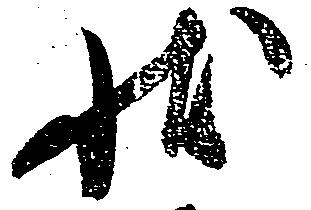
状